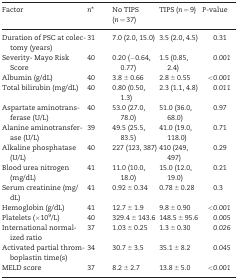
| Factor | n* | No TIPS (n = 37) | TIPS (n = 9) | P-value |
 | --- | --- | --- | --- | --- |
 | Duration of PSC at colectomy (years) | 31 | 7.0 (2.0, 15.0) | 3.5 (2.0, 4.5) | 0.31 |
 | Severity- Mayo Risk Score | 40 | 0.20 (−0.64, 0.77) | 1.5 (0.85, 2.4) | 0.001 |
 | Albumin (g/dL) | 40 | 3.8 ± 0.66 | 2.8 ± 0.55 | <0.001 |
 | Total bilirubin (mg/dL) | 40 | 0.80 (0.50, 1.3) | 2.3 (1.1, 4.8) | 0.011 |
 | Aspartate aminotransferase (U/L) | 40 | 53.0 (27.0, 78.0) | 51.0 (36.0, 68.0) | 0.97 |
 | Alanine aminotransferase (U/L) | 39 | 49.5 (25.5, 83.5) | 41.0 (19.0, 118.0) | 0.71 |
 | Alkaline phosphatase (U/L) | 40 | 227 (123, 387) | 410 (249, 497) | 0.29 |
 | Blood urea nitrogen (mg/dL) | 41 | 11.0 (10.0, 18.0) | 15.0 (12.0, 19.0) | 0.21 |
 | Serum creatinine (mg/dL) | 41 | 0.92 ± 0.34 | 0.78 ± 0.28 | 0.3 |
 | Hemoglobin (g/dL) | 41 | 12.7 ± 1.9 | 9.8 ± 0.90 | <0.001 |
 | Platelets (×109/L) | 40 | 329.4 ± 143.6 | 148.5 ± 95.6 | 0.005 |
 | International normalized ratio | 37 | 1.03 ± 0.25 | 1.3 ± 0.30 | 0.026 |
 | Activated partial thromboplastin time(s) | 34 | 30.7 ± 3.5 | 35.1 ± 8.2 | 0.045 |
 | MELD score | 37 | 8.2 ± 2.7 | 13.8 ± 5.0 | <0.001 |